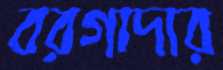
বরগাদার